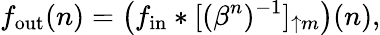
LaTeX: f_{\mathrm{out}}(n)=\left(f_{\mathrm{in}}*[(\beta^{n})^{-1}]_{\uparrow m}\right)(n),